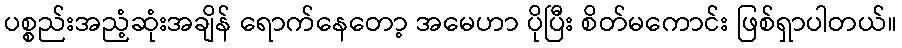
ပစ္စည်းအညံ့ဆုံးအချိန် ရောက်နေတော့ အမေဟာ ပိုပြီး စိတ်မကောင်း ဖြစ်ရှာပါတယ်။